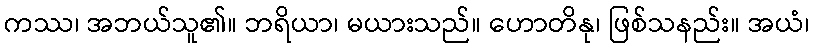
ကဿ၊ အဘယ်သူ၏။ ဘရိယာ၊ မယားသည်။ ဟောတိနု၊ ဖြစ်သနည်း။ အယံ၊